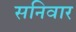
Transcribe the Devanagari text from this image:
सनिवार